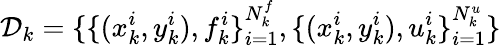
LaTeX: \mathcal{D}_{k}=\{ \{ (x_{k}^{i},y_{k}^{i}),f_{k}^{i}\} _{i=1}^{N_{k}^{f}},\{ (x_{k}^{i},y_{k}^{i}),u_{k}^{i}\} _{i=1}^{N_{k}^{u}}\}